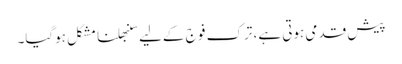
پیش قدمی ہوتی ہے، ترک فو ج کےلیے سنبھلنا مشکل ہوگیا۔